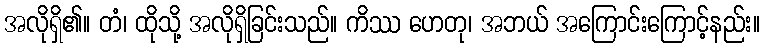
အလိုရှိ၏။ တံ၊ ထိုသို့ အလိုရှိခြင်းသည်။ ကိဿ ဟေတု၊ အဘယ် အကြောင်းကြောင့်နည်း။